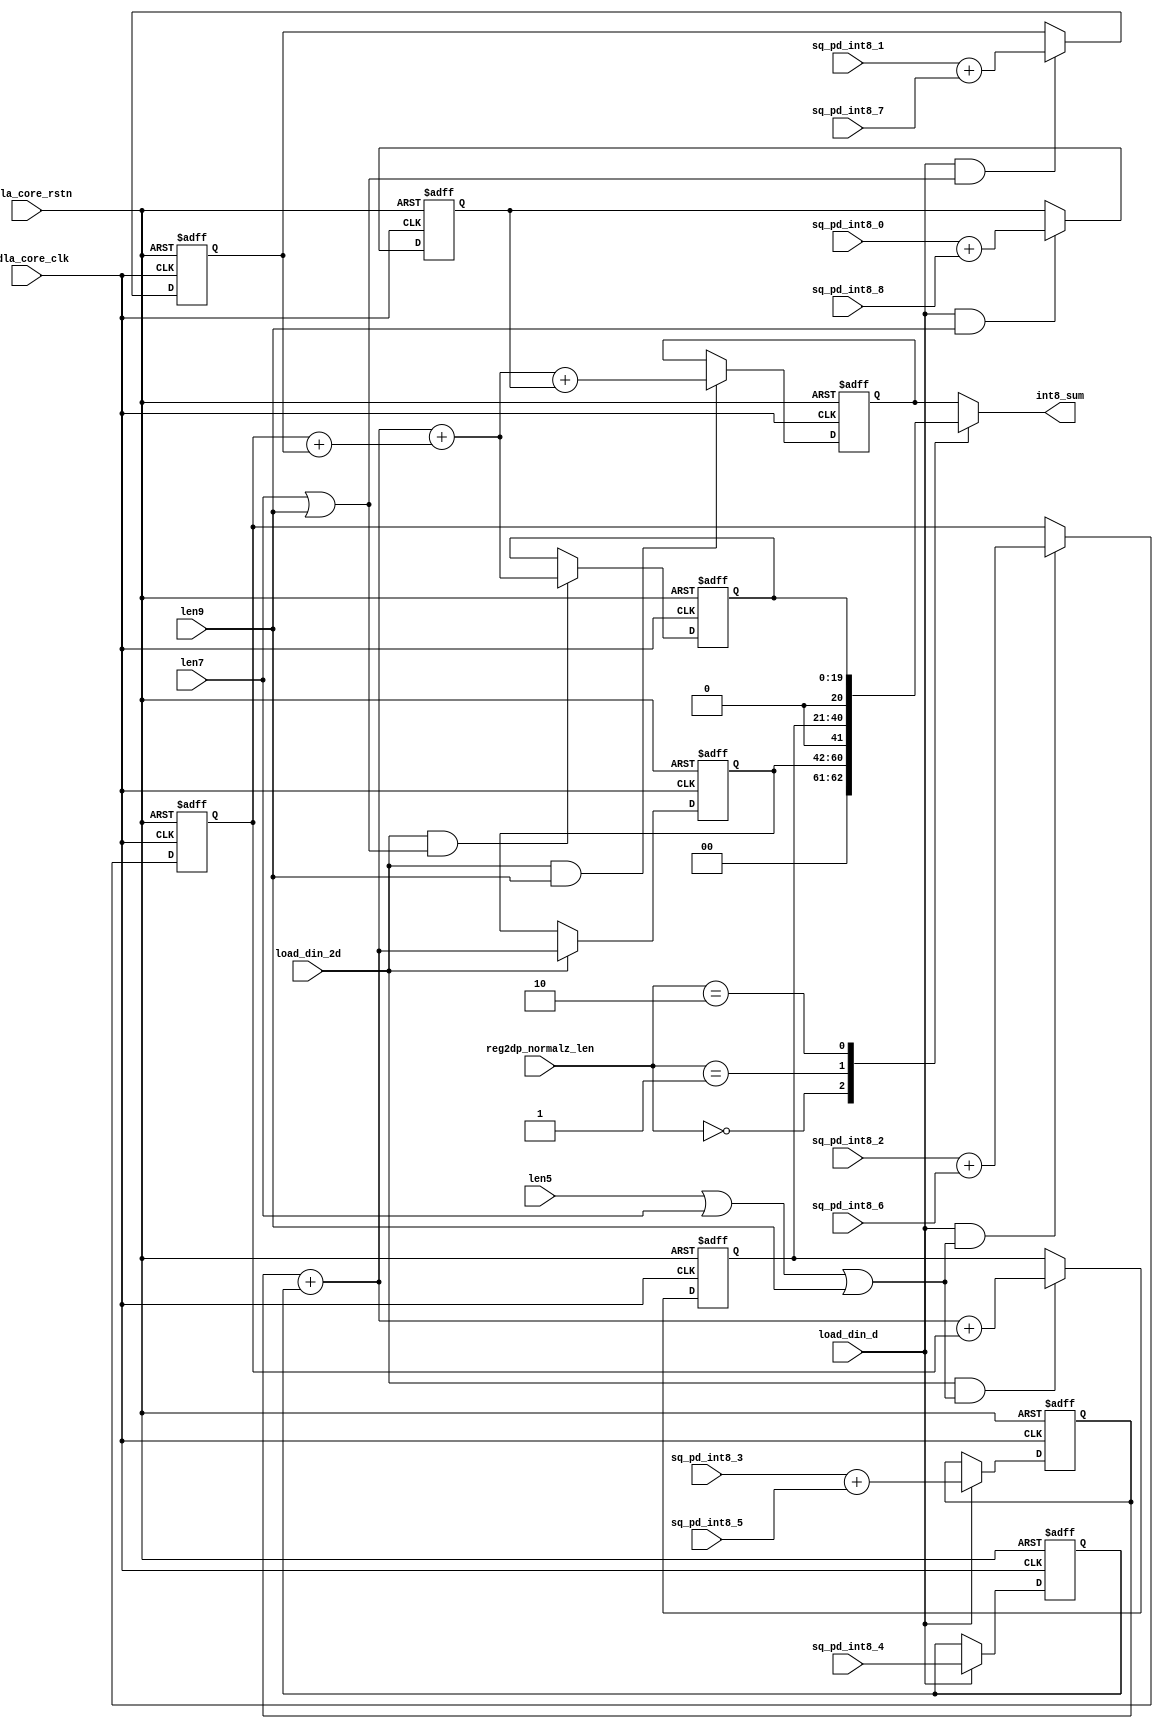
// ================================================================
// NVDLA Open Source Project
//
// Copyright(c) 2016 - 2017 NVIDIA Corporation. Licensed under the
// NVDLA Open Hardware License; Check "LICENSE" which comes with
// this distribution for more information.
// ================================================================
module int_sum_block_tp1 (
   nvdla_core_clk
  ,nvdla_core_rstn
  ,len5
  ,len7
  ,len9
  ,load_din_2d
  ,load_din_d
  ,reg2dp_normalz_len
  ,sq_pd_int8_0
  ,sq_pd_int8_1
  ,sq_pd_int8_2
  ,sq_pd_int8_3
  ,sq_pd_int8_4
  ,sq_pd_int8_5
  ,sq_pd_int8_6
  ,sq_pd_int8_7
  ,sq_pd_int8_8
  ,int8_sum
  );
/////////////////////////////////////////////
parameter pINT8_BW = 9;
/////////////////////////////////////////////
input nvdla_core_clk;
input nvdla_core_rstn;
input len5;
input len7;
input len9;
input load_din_2d;
input load_din_d;
input [1:0] reg2dp_normalz_len;
input [pINT8_BW*2-2:0] sq_pd_int8_0;
input [pINT8_BW*2-2:0] sq_pd_int8_1;
input [pINT8_BW*2-2:0] sq_pd_int8_2;
input [pINT8_BW*2-2:0] sq_pd_int8_3;
input [pINT8_BW*2-2:0] sq_pd_int8_4;
input [pINT8_BW*2-2:0] sq_pd_int8_5;
input [pINT8_BW*2-2:0] sq_pd_int8_6;
input [pINT8_BW*2-2:0] sq_pd_int8_7;
input [pINT8_BW*2-2:0] sq_pd_int8_8;
output [pINT8_BW*2+2:0] int8_sum;
/////////////////////////////////////////////
reg [pINT8_BW*2+2:0] int8_sum;
reg [pINT8_BW*2:0] int8_sum3;
reg [pINT8_BW*2+1:0] int8_sum5;
reg [pINT8_BW*2+1:0] int8_sum7;
reg [pINT8_BW*2+2:0] int8_sum9;
reg [pINT8_BW*2-1:0] int8_sum_0_8;
reg [pINT8_BW*2-1:0] int8_sum_1_7;
reg [pINT8_BW*2-1:0] int8_sum_2_6;
reg [pINT8_BW*2-1:0] int8_sum_3_5;
reg [pINT8_BW*2-2:0] sq_pd_int8_4_d;
wire [pINT8_BW*2-2:0] sq0;
wire [pINT8_BW*2-2:0] sq1;
wire [pINT8_BW*2-2:0] sq2;
wire [pINT8_BW*2-2:0] sq3;
wire [pINT8_BW*2-2:0] sq5;
wire [pINT8_BW*2-2:0] sq6;
wire [pINT8_BW*2-2:0] sq7;
wire [pINT8_BW*2-2:0] sq8;
/////////////////////////////////////////////
assign sq3 = sq_pd_int8_3;
assign sq5 = sq_pd_int8_5;
assign sq2 = sq_pd_int8_2;
assign sq6 = sq_pd_int8_6;
assign sq1 = sq_pd_int8_1;
assign sq7 = sq_pd_int8_7;
assign sq0 = sq_pd_int8_0;
assign sq8 = sq_pd_int8_8;
//sum process
always @(posedge nvdla_core_clk or negedge nvdla_core_rstn) begin
  if (!nvdla_core_rstn) begin
    int8_sum_3_5 <= {(pINT8_BW*2){1'b0}};
  end else if (load_din_d) begin
    int8_sum_3_5 <= (sq3 + sq5);
  end
end
always @(posedge nvdla_core_clk or negedge nvdla_core_rstn) begin
  if (!nvdla_core_rstn) begin
    int8_sum_2_6 <= {(pINT8_BW*2){1'b0}};
  end else if (load_din_d & (len5|len7|len9)) begin
    int8_sum_2_6 <= (sq2 + sq6);
  end
end
always @(posedge nvdla_core_clk or negedge nvdla_core_rstn) begin
  if (!nvdla_core_rstn) begin
    int8_sum_1_7 <= {(pINT8_BW*2){1'b0}};
  end else if (load_din_d & (len7|len9)) begin
    int8_sum_1_7 <= (sq1 + sq7);
  end
end
always @(posedge nvdla_core_clk or negedge nvdla_core_rstn) begin
  if (!nvdla_core_rstn) begin
    int8_sum_0_8 <= {(pINT8_BW*2){1'b0}};
  end else if (load_din_d & (len9)) begin
    int8_sum_0_8 <= (sq0 + sq8);
  end
end
always @(posedge nvdla_core_clk or negedge nvdla_core_rstn) begin
  if (!nvdla_core_rstn) begin
    sq_pd_int8_4_d <= {(pINT8_BW*2-1){1'b0}};
  end else if (load_din_d) begin
    sq_pd_int8_4_d <= sq_pd_int8_4;
  end
end
always @(posedge nvdla_core_clk or negedge nvdla_core_rstn) begin
  if (!nvdla_core_rstn) begin
    int8_sum3 <= {(pINT8_BW*2+1){1'b0}};
  end else if (load_din_2d ) begin
    int8_sum3 <= (int8_sum_3_5 + {1'b0,sq_pd_int8_4_d});
  end
end
always @(posedge nvdla_core_clk or negedge nvdla_core_rstn) begin
  if (!nvdla_core_rstn) begin
    int8_sum5 <= {(pINT8_BW*2+2){1'b0}};
  end else if (load_din_2d &(len5|len7|len9)) begin
    int8_sum5 <= ((int8_sum_3_5 + {1'b0,sq_pd_int8_4_d}) + {1'b0,int8_sum_2_6});
  end
end
always @(posedge nvdla_core_clk or negedge nvdla_core_rstn) begin
  if (!nvdla_core_rstn) begin
    int8_sum7 <= {(pINT8_BW*2+2){1'b0}};
  end else if (load_din_2d &(len7|len9)) begin
    int8_sum7 <= ((int8_sum_3_5 + {1'b0,sq_pd_int8_4_d}) + (int8_sum_2_6 + int8_sum_1_7));
  end
end
always @(posedge nvdla_core_clk or negedge nvdla_core_rstn) begin
  if (!nvdla_core_rstn) begin
    int8_sum9 <= {(pINT8_BW*2+3){1'b0}};
  end else if (load_din_2d &(len9)) begin
    int8_sum9 <= (((int8_sum_3_5 + {1'b0,sq_pd_int8_4_d}) + (int8_sum_2_6 + int8_sum_1_7)) + {2'd0,int8_sum_0_8});
  end
end
always @(*) begin
    case(reg2dp_normalz_len[1:0])
    2'h0 : begin
        int8_sum = {2'd0,int8_sum3};
    end
    2'h1 : begin
        int8_sum = {1'd0,int8_sum5};
    end
    2'h2 : begin
        int8_sum = {1'b0,int8_sum7};
    end
    default: begin
        int8_sum = int8_sum9;
    end
    endcase
end
endmodule // int_sum_block